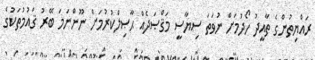
ރައްޔިތުންގެ ތާއީދު ހޯދުމަށް ނުވަތަ ސިޔާސީ މަޤްޞަދެއް ޙާޞިލްކުރުމަށް ނޫންނަމަ ބޭރު ޤައުމުތަކުގެ